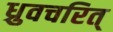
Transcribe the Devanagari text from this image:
ध्रुवचरित्